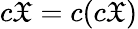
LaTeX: c{\mathfrak{X}}=c(c{\mathfrak{X}})